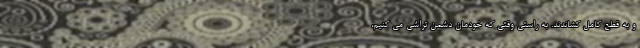
و به قطع کامل کشاندند. به راستی وقتی که خودمان دشمن تراشی می کنیم،